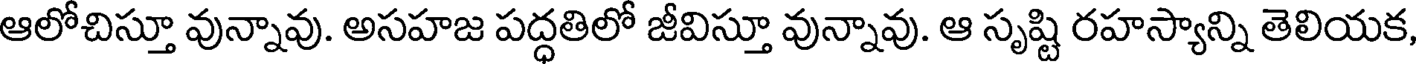
ఆలోచిస్తూ వున్నావు. అసహజ పద్ధతిలో జీవిస్తూ వున్నావు. ఆ సృష్టి రహస్యాన్ని తెలియక,